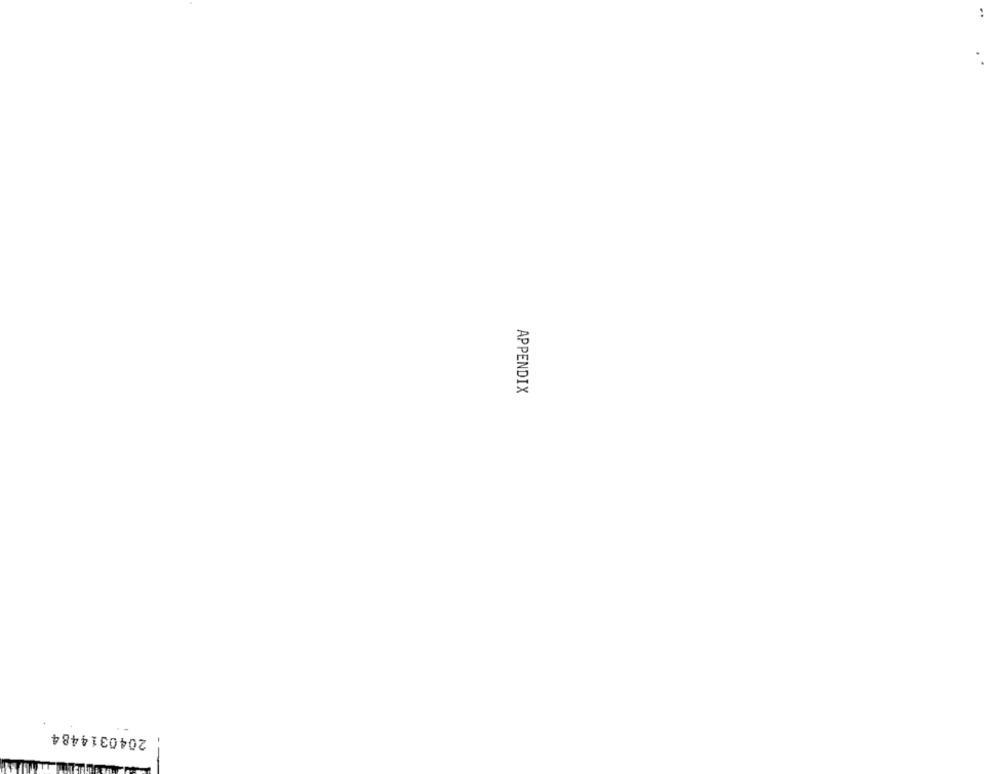
APPENDIX
2040314484